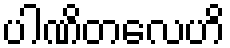
ပါဏိတလေဟိ